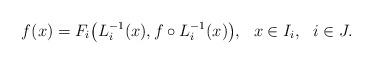
LaTeX: \begin{align*}f(x)=F_i\big(L_i^{-1}(x), f \circ L_i^{-1}(x)\big), \ \ x \in I_i,\ \ i \in J.\end{align*}